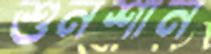
শুনশান